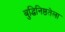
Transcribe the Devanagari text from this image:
बुद्धिनिष्ठतेला